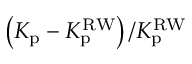
\left( K _ { \mathrm { p } } - K _ { \mathrm { p } } ^ { \mathrm { R W } } \right) / K _ { \mathrm { p } } ^ { \mathrm { R W } }